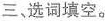
三、选词填空。